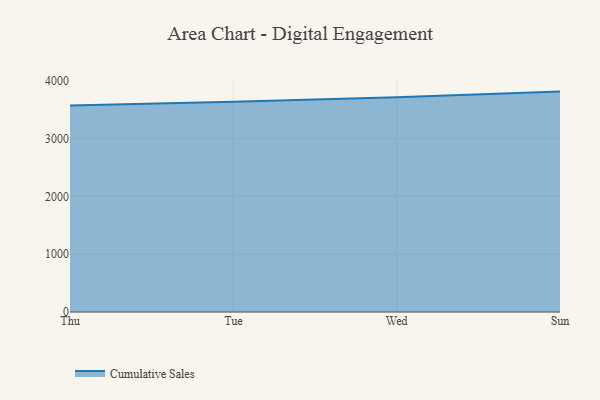
{"axis": {"x": "Day", "y": "Operating Costs (USD K)"}, "legend": ["Cumulative Sales"], "data": [{"x": "Thu", "y": 3573.5, "type": "Cumulative Sales"}, {"x": "Tue", "y": 3637.8, "type": "Cumulative Sales"}, {"x": "Wed", "y": 3717.8, "type": "Cumulative Sales"}, {"x": "Sun", "y": 3814.4, "type": "Cumulative Sales"}]}